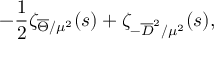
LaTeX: - { \frac { 1 } { 2 } } \zeta _ { \overline { { { \Theta } } } / \mu ^ { 2 } } ( s ) + \zeta _ { - \overline { { { D } } } ^ { 2 } / \mu ^ { 2 } } ( s ) ,